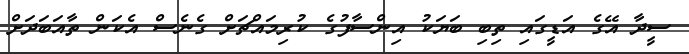
ސީދާ އޭގެ އަޑީގައި ތިބި ބަޔަކު އިންސާފުގެ ކުރިމައްޗަށް ގެނެސް އެކަން ތާއަބަދަށް